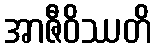
အာဇီဝိဿတိ